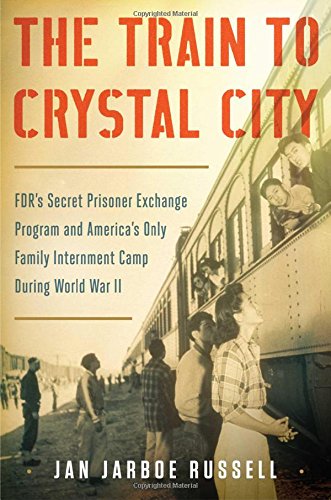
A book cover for The Train to Crystal City: FDR's Secret Prisoner Exchange Program and America's Only Family Internment Camp During World War II; Jan Jarboe Russell; Biographies & Memoirs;